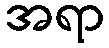
အရာ